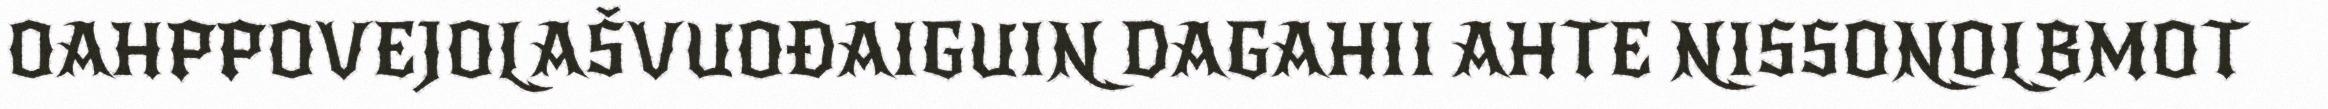
OAHPPOVEJOLAŠVUOĐAIGUIN DAGAHII AHTE NISSONOLBMOT